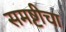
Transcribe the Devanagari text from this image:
समष्टीचा